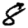
Digit: 8